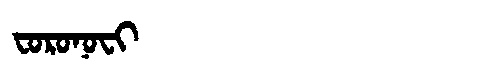
Manchu: ᠸᠣᡵᠣᠨᠣᠸᡳ
Romanization: FORONOFI